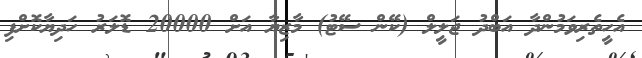
އެހީތެރިވަމުންދާ އަބްދު ޖަލީލް (ކޭން ސޭޓު) މާޒިޔާ އަށް 20000 ޑޮލަރު ހަދިޔާކޮށްފި